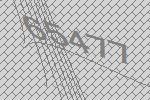
65477